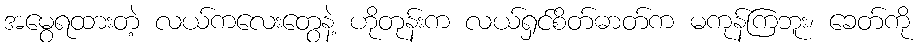
အမွေရထားတဲ့ လယ်ကလေးတွေနဲ့ ဟိုတုန်းက လယ်ရှင်စိတ်ဓာတ်က မကုန်ကြဘူး၊ ခေတ်ကို